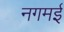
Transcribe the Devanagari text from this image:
नगमई